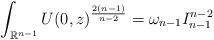
LaTeX: \begin{align*}\int_{\mathbb{R}^{n-1}}U(0,z)^{\frac{2(n-1)}{n-2}}=\omega_{n-1}I_{n-1}^{n-2}\end{align*}